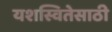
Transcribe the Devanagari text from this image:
यशस्वितेसाठी